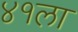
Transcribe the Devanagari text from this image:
४१ला